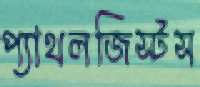
প্যাথলজিস্টস